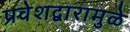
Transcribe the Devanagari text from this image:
प्रवेशद्वारामुळे